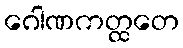
ဂေါဏကတ္ထတေ